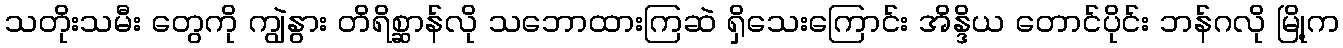
သတိုးသမီး တွေကို ကျွဲနွား တိရိစ္ဆာန်လို သဘောထားကြဆဲ ရှိသေးကြောင်း အိန္ဒိယ တောင်ပိုင်း ဘန်ဂလို မြို့က